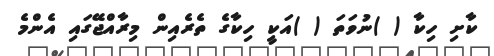
ކާށި ހިކާ ( )ނުވަތަ ( )އަކީ ހިކާގެ ތެރެއިން މިރާއްޖޭގައި އެންމެ